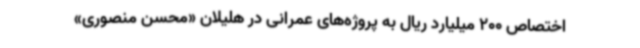
اختصاص 200 میلیارد ریال به پروژه‌های عمرانی در هلیلان «محسن منصوری»